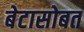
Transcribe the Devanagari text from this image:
बेटासोबत